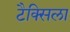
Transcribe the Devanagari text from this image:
टैक्सिला